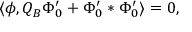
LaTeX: \langle \phi , Q _ { B } \Phi _ { 0 } ^ { \prime } + \Phi _ { 0 } ^ { \prime } * \Phi _ { 0 } ^ { \prime } \rangle = 0 ,